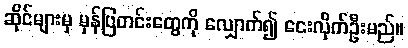
ဆိုင်များမှ မှန်ပြတင်းတွေကို လျှောက်၍ ငေးလိုက်ဦးမည်။